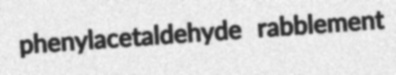
phenylacetaldehyde rabblement